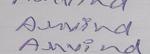
Signature authenticity: genuine